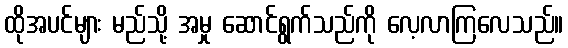
ထိုအပင်များ မည်သို့ အမှု ဆောင်ရွက်သည်ကို လေ့လာကြလေသည်။